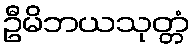
ဦမိဘယသုတ္တံ